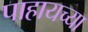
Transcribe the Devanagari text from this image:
पाहायच्या